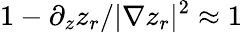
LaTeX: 1-\partial_{z}z_{r}/|\nabla z_{r}|^{2}\approx 1